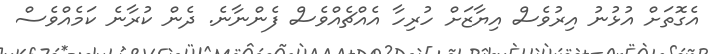
އެގޮތަށް އުޅުނު އިރުވެސް އިޔާޒަށް ހުރިހާ އެއްޗެއްވެސް ފެންނާނެ. ދެން ކުރާނެ ކަމެއްވެސް